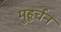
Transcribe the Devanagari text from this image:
मुहूर्चन